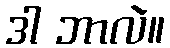
ဒါ ဘာလဲ။